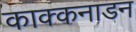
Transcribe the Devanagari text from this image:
काक्कनाडन